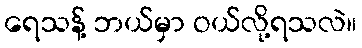
ရေသန့် ဘယ်မှာ ဝယ်လို့ရသလဲ။